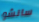
سانشو